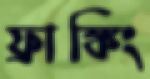
ফ্রাঙ্কিং